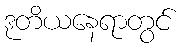
ဒုတိယနေရာတွင်